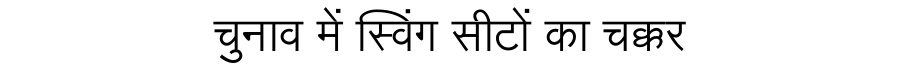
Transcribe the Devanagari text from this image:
चुनाव में स्विंग सीटों का चक्कर